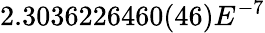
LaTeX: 2.3036226460(46)E^{-7}